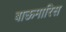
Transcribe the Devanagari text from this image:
बाऊमारिस